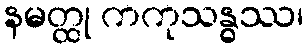
နမတ္ထု ကကုသန္ဓဿ၊